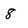
Character: 8